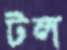
টল